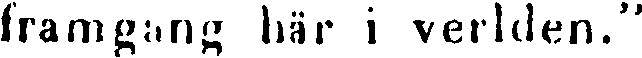
framgång här i verlden."